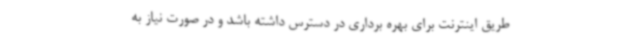
طریق اینترنت برای بهره برداری در دسترس داشته باشد و در صورت نیاز به